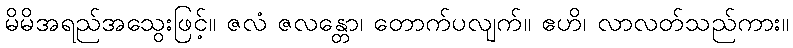
မိမိအရည်အသွေးဖြင့်။ ဇလံ ဇလန္တော၊ တောက်ပလျက်။ ဧဟိ၊ လာလတ်သည်ကား။